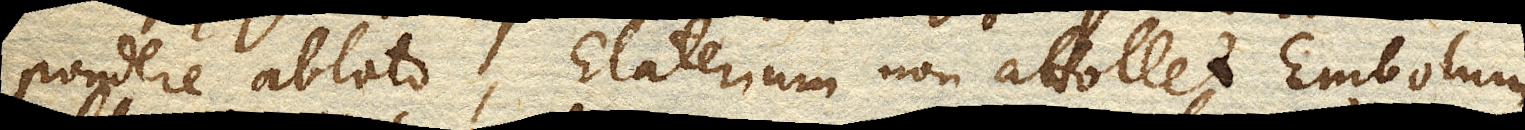
pondere ablato, Elaterium non attollet Embolum